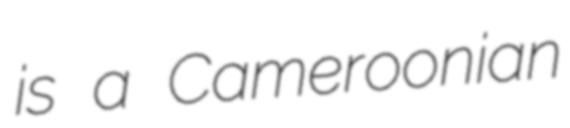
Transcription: is a Cameroonian